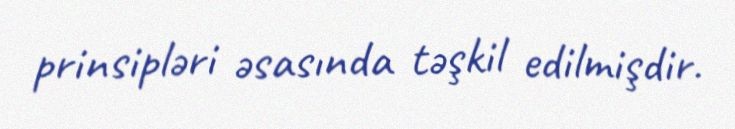
prinsipləri əsasında təşkil edilmişdir.